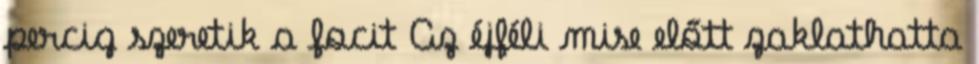
percig szeretik a focit Az éjféli mise előtt zaklathatta